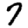
Digit: 7